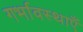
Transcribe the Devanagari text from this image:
गर्भावस्थाएँ